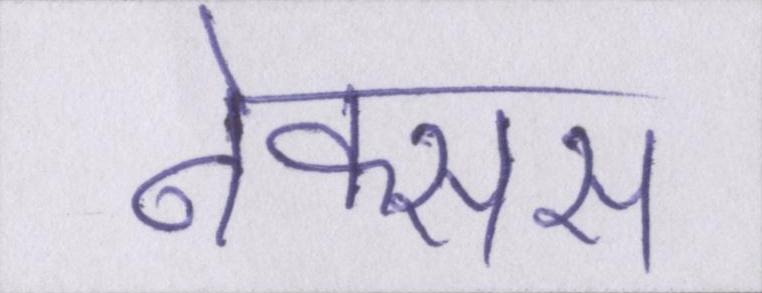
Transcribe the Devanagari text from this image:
नेक्सस